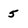
Character: 5